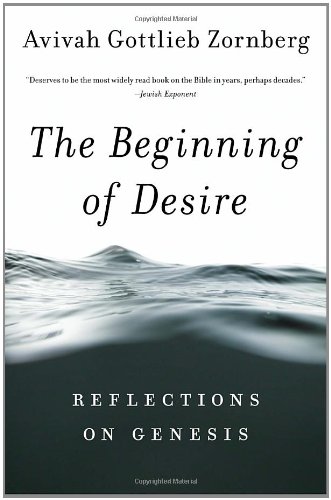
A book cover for The Beginning of Desire: Reflections on Genesis; Avivah Gottlieb Zornberg; Religion & Spirituality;